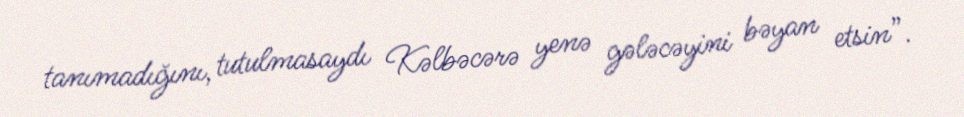
tanımadığını, tutulmasaydı Kəlbəcərə yenə gələcəyini bəyan etsin”.